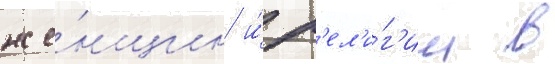
же́нщин и́ р'ел'и́г'ии в